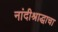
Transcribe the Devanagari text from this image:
नांदीश्राद्धाचा